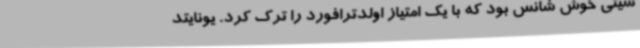
سیتی خوش شانس بود که با یک امتیاز اولدترافورد را ترک کرد. یونایتد